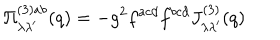
LaTeX: \Pi _ { \lambda \lambda ^ { \prime } } ^ { ( 3 ) a b } ( q ) = - g ^ { 2 } f ^ { a c d } f ^ { b c d } J _ { \lambda \lambda ^ { \prime } } ^ { ( 3 ) } ( q )